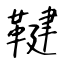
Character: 鞬